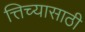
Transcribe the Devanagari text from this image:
त्तिच्यासाठी